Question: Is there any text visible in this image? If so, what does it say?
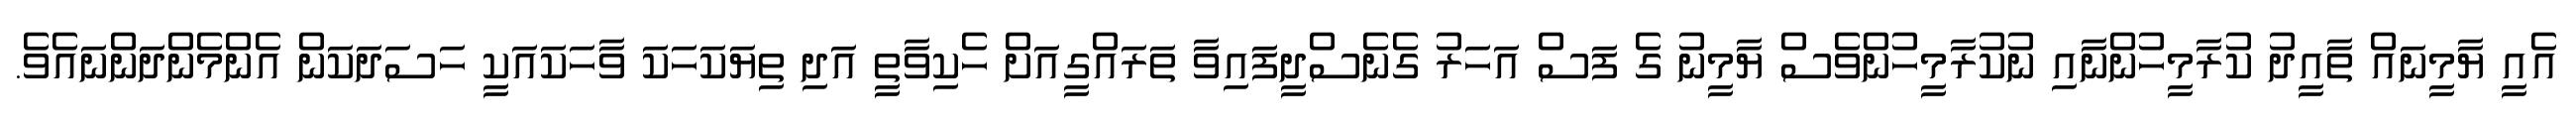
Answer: އެއީ ޔާމީނައް ތާއީދު ކުރާމީހުންނާއި ނުކުރާމީހުންވެސް ޔާމީނު ގެ ފަސް އަހަރު ގެނެސްދީފައިވާ ތަރައްގީއަށް ހެކިވާތީ އަދި ތިޔަކަހަކަ ވާހަކައަކީ ހަސަދަކަން އެންމެންދަންނައެވެ.